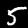
Digit: 5